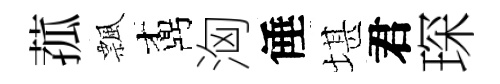
菰飄鼒洶倕堪君琛